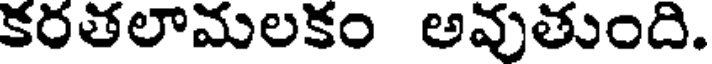
కరతలామలకం అవుతుంది.